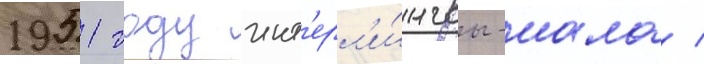
1951 году инт'ерл'и́нгвы-иала /